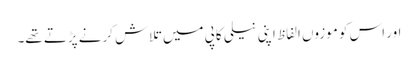
اور اس کو موزوں الفاظ اپنی نیلی کاپی میں تلاش کرنے پڑتے تھے۔